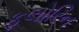
ફલોરિન